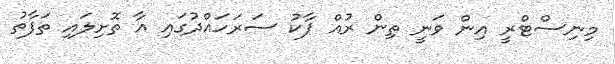
މިނިސްޓްރީ އިން ވަނީ ތިން ރުއް ޕާކު ސަރަހައްދުގައި އާ ތޮށިލައި ތަފާތު